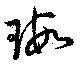
瑕